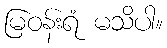
မြဝန်းရံ မသိပါ။